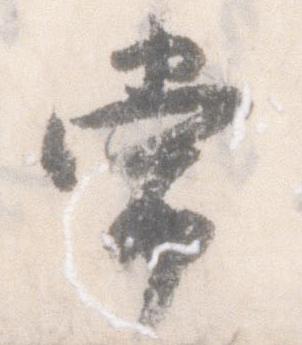
常